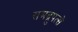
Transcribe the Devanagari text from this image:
समद्रुपत्से